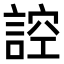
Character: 𮘜